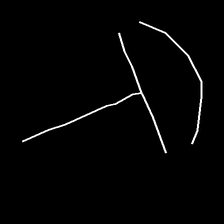
Glyph: dispersion